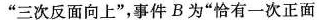
”三次反面向上”，事件B为”恰有一次正面